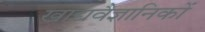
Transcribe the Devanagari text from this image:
खाद्यवैज्ञानिकों